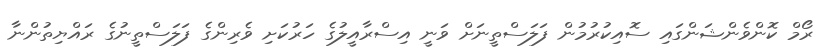
ރޯމް ކޮންވެންޝަންގައި ސޮއިކުރުމުން ފަލަސްތީނަށް ވަނީ އިސްރާއީލުގެ ހަރުކަށި ވެރިންގެ ފަލަސްތީނުގެ ރައްޔިތުންނާ